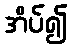
အိပ်၍